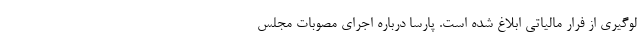
لوگیری از فرار مالیاتی ابلاغ شده است. پارسا درباره اجرای مصوبات مجلس